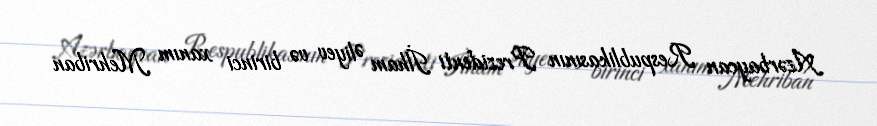
Azərbaycan Respublikasının Prezidenti İlham Əliyev və birinci xanım Mehriban